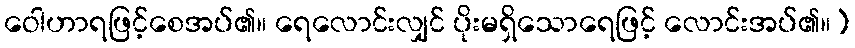
ဝေါဟာရဖြင့်စေအပ်၏။ ရေလောင်းလျှင် ပိုးမရှိသောရေဖြင့် လောင်းအပ်၏။)